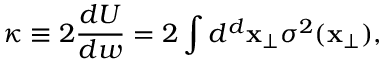
\kappa \equiv 2 { \frac { d U } { d w } } = 2 \int d ^ { d } { \bf x } _ { \perp } \sigma ^ { 2 } ( { \bf x } _ { \perp } ) ,